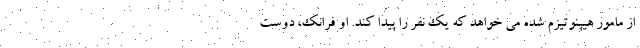
از مامور هیپنوتیزم شده می خواهد که یک نفر را پیدا کند. او فرانک، دوست